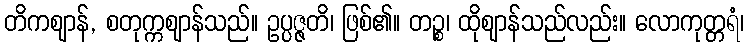
တိကဈာန်, စတုက္ကဈာန်သည်။ ဥပ္ပဇ္ဇတိ၊ ဖြစ်၏။ တဉ္စ၊ ထိုဈာန်သည်လည်း။ လောကုတ္တရံ၊